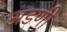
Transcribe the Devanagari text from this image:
अडणी